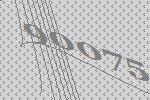
90075